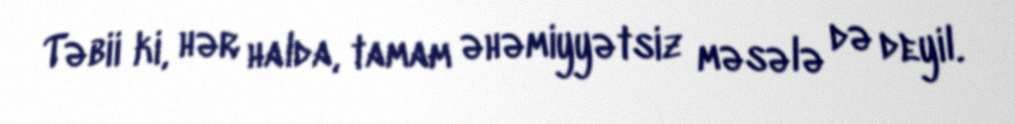
Təbii ki, hər halda, tamam əhəmiyyətsiz məsələ də deyil.